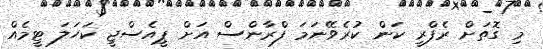
މި ގޮތަށް ރެފްރީ ކަން ކުރެވޭނަމަ ފްރާންސް އަށް ޕީއެސްޖީ ކަހަލަ ޓީމެއް